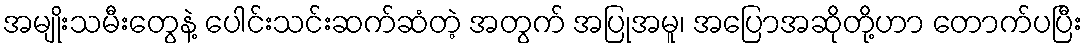
အမျိုးသမီးတွေနဲ့ ပေါင်းသင်းဆက်ဆံတဲ့ အတွက် အပြုအမူ၊ အပြောအဆိုတို့ဟာ တောက်ပပြီး